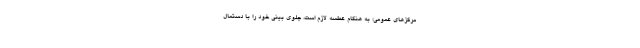
مرکزهای عمومی؛ به‌ هنگام عطسه لازم است، جلوی بینی خود را با دستمال